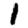
Digit: 1